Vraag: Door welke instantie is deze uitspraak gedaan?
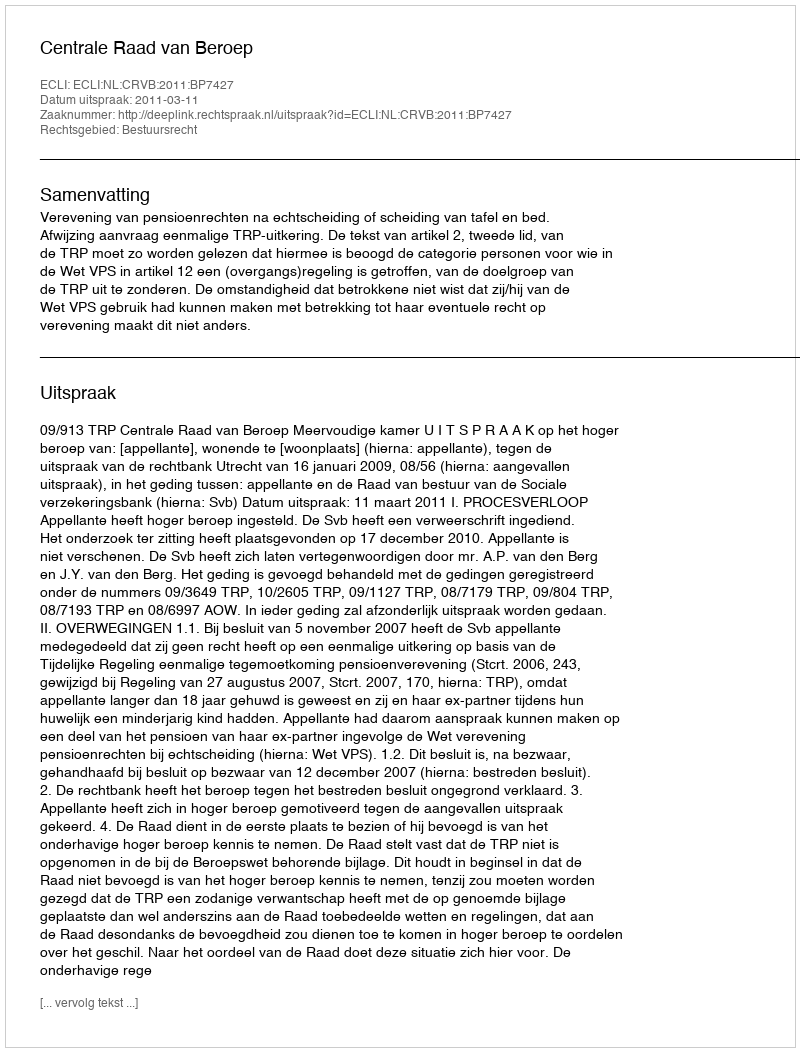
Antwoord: Centrale Raad van Beroep